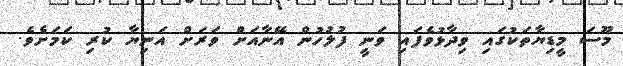
މޫސަ މީޑިޔާތަކުގައި ވިދާޅުވެފައި ވަނީ ފުލުހުން އޭނާއަށް ވަރަށް އަނިޔާ ކުރި ކަމަށެވެ.